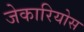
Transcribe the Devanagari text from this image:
जेकारियोस